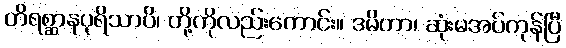
တိရစ္ဆာနပုရိသာပိ၊ တို့ကိုလည်းကောင်း။ ဒမိတာ၊ ဆုံးမအပ်ကုန်ပြီ